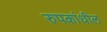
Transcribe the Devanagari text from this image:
रुपकांधील